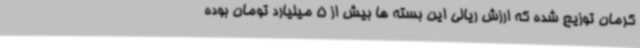
کرمان توزیع شده که ارزش ریالی این بسته ها بیش از 5 میلیارد تومان بوده